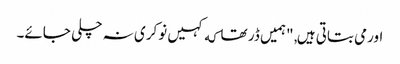
اورمی بتاتی ہیں, "ہمیں ڈر تھا که کہیں نوکری نہ چلی جائے۔